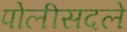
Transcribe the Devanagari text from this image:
पोलीसदले